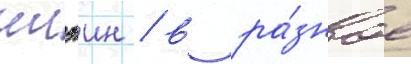
илэин / в ра́зное